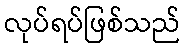
လုပ်ရပ်ဖြစ်သည်